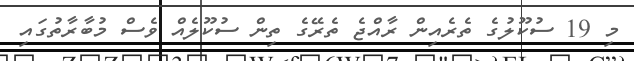
މި 19 ސުކޫލުގެ ތެރެއިން ރާއްޖެ ތެރޭގެ ތިން ސުކޫލެއް ވެސް މުބާރާތުގައި